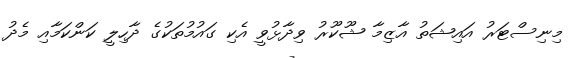
މިނިސްޓަރު އައިޝަތު އާޒިމާ ޝޫކޫރު ވިދާޅުވީ އެކި ގައުމުތަކުގެ ދާހިލީ ކަންކަމާއި މެދު